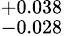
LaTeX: ^{+0.038}_{-0.028}